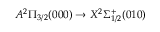
A ^ { 2 } \Pi _ { 3 / 2 } ( 0 0 0 ) \rightarrow X ^ { 2 } \Sigma _ { 1 / 2 } ^ { + } ( 0 1 0 )